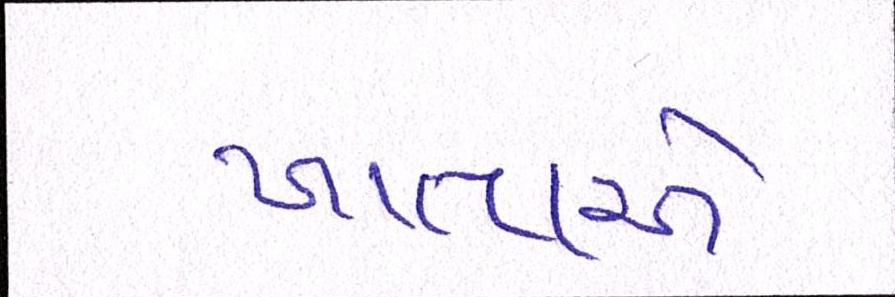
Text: ખાતાએ